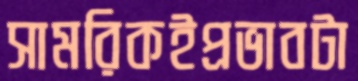
সামরিকইপ্রভাবটা